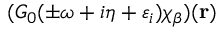
( G _ { 0 } ( \pm \omega + i \eta + \varepsilon _ { i } ) \chi _ { \beta } ) ( \mathbf r )